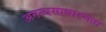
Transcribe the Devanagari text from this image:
अनन्यसाधारणता